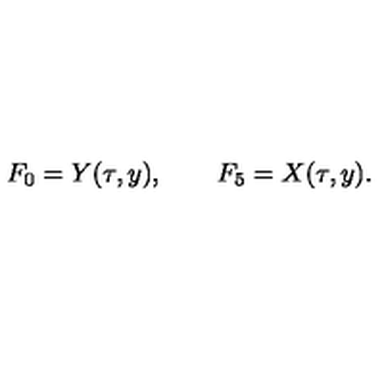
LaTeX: F _ { 0 } = Y ( \tau , y ) , \qquad F _ { 5 } = X ( \tau , y ) .